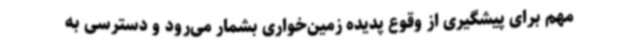
مهم برای پیشگیری از وقوع پدیده زمین‌خواری بشمار می‌رود و دسترسی به